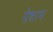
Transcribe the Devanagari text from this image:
ग्रेशाम